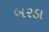
બરડા